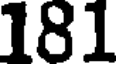
181